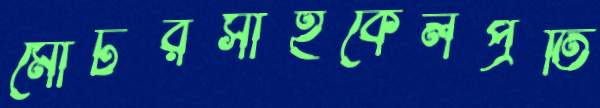
মোটরসাইকেলপ্রতি